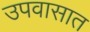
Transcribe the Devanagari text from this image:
उपवासात